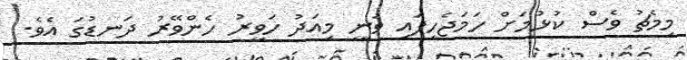
މިމެޗު ވެސް ކުޅުމަށް ހަމަޖެހިފައި ވަނީ މިއަދު ހަވީރު ހެންވޭރު ދަނޑުގަ އެވެ.